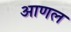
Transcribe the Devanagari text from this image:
आणल